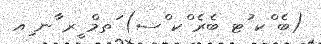
(ބެ ްކ ުޓ ބެރެ ްކ ްސ) ަތމް ީރ ާނ ިއ